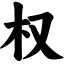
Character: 权